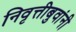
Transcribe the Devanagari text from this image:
निवृत्तीबुवांनी